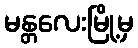
မန္တလေးမြို့မှ